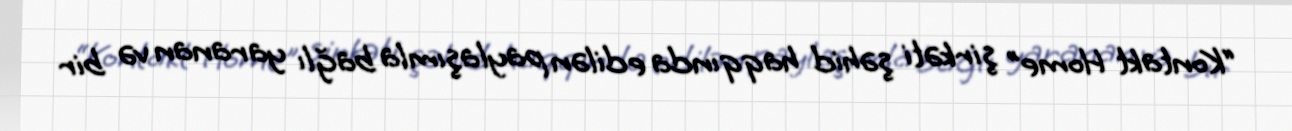
“Kontakt Home” şirkəti şəhid haqqında edilən paylaşımla bağlı yaranan və bir